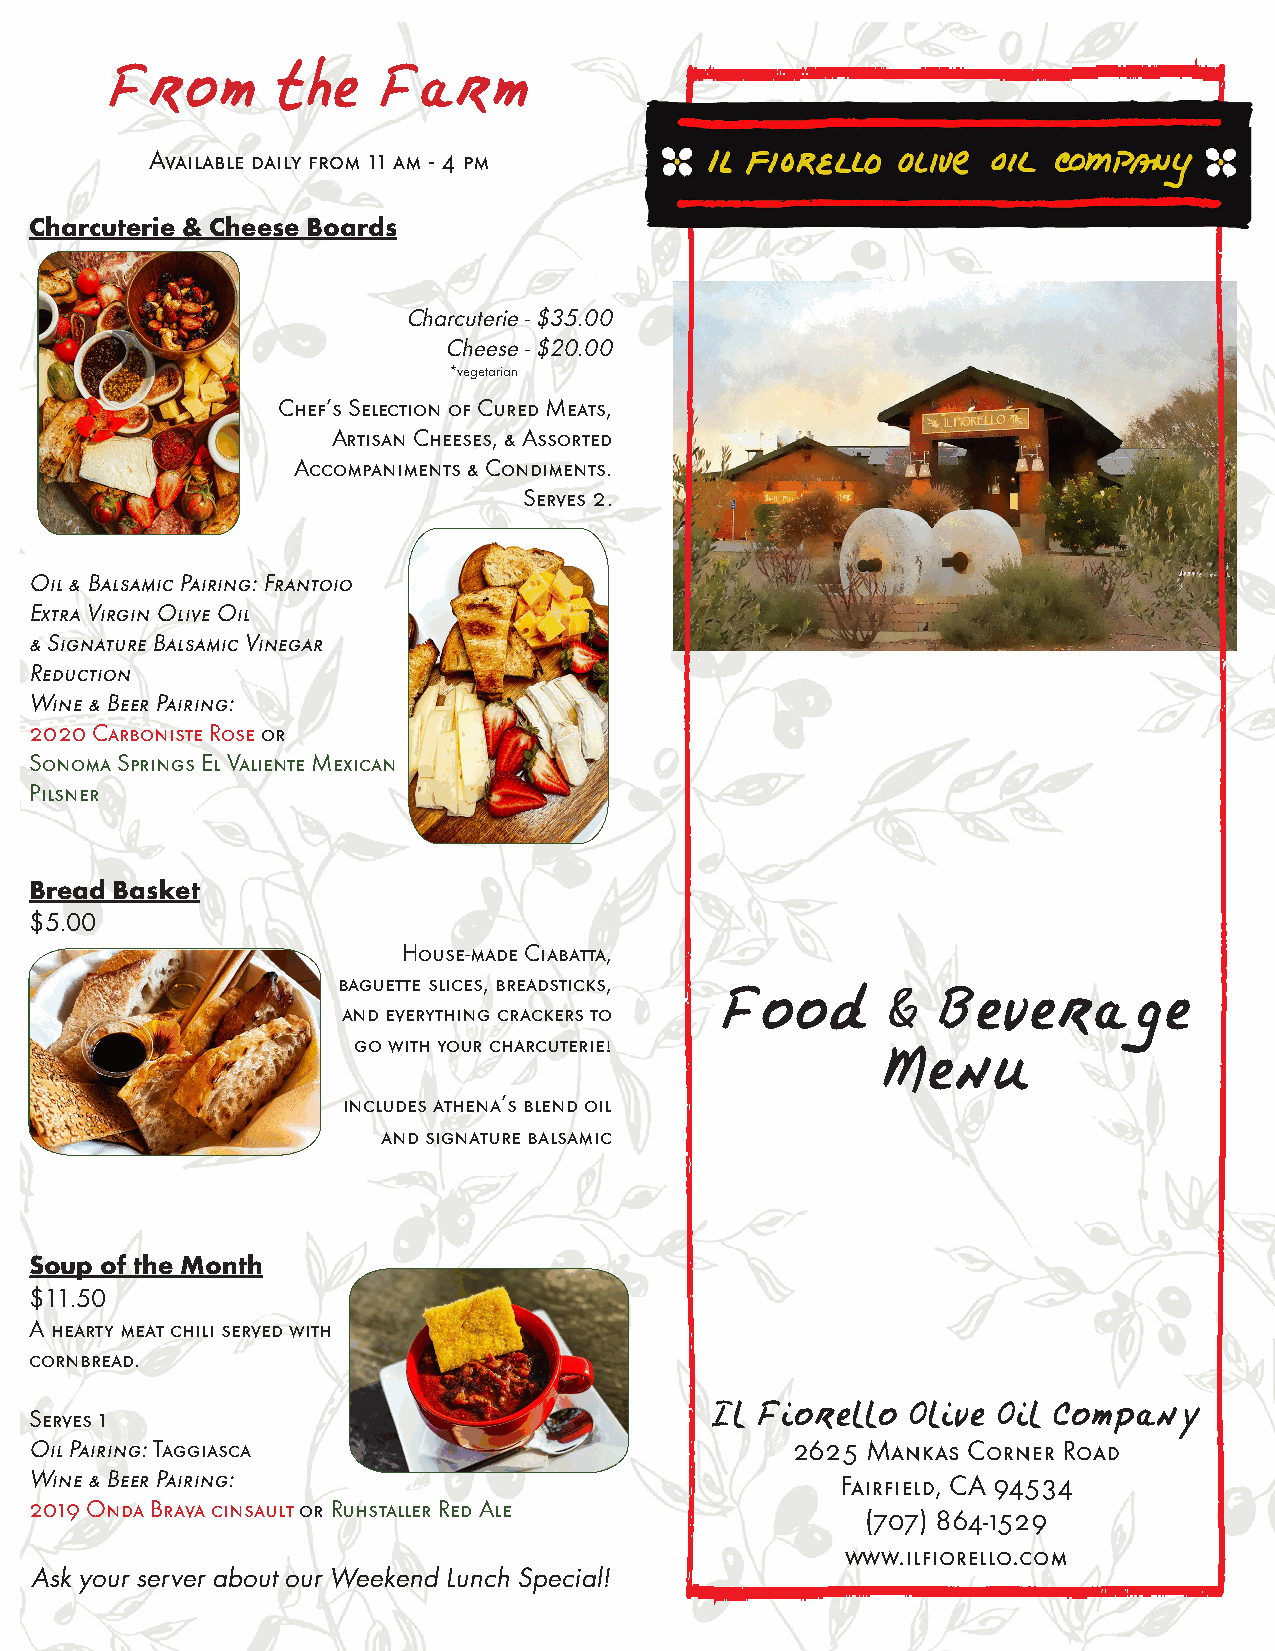
From       the    Farm
 Available daily from 11 am - 4 pm
 Charcuterie & Cheese Boards
 Charcuterie - $35.00
 Cheese - $20.00
 *vegetarian
 Chef’s Selection of Cured Meats,
 Artisan Cheeses, & Assorted
 Accompaniments & Condiments.
 Serves 2.
 Oil & Balsamic Pairing: Frantoio
 Extra Virgin Olive Oil
 & Signature Balsamic Vinegar
 Reduction
 Wine & Beer Pairing:
 2020 Carboniste Rose or
 Sonoma Springs El Valiente Mexican
 Pilsner
 Bread Basket
 $5.00
 House-made Ciabatta,
 baguette slices, breadsticks,
 and everything crackers to Food     &  Beverag        e
 go with your charcuterie!
 Menu
 includes athena’s blend oil
 and signature balsamic
 Soup of the Month
 $11.50
 A hearty meat chili served with
 cornbread.
 Serves 1                                     Il Fiorello  Olive Oil Company
 Oil Pairing: Taggiasca                            2625 Mankas Corner Road
 Wine & Beer Pairing:                                  Fairfield, CA 94534
 2019 Onda Brava cinsault or Ruhstaller Red Ale
 (707) 864-1529
 www.ilfiorello.com
 Ask your server about our Weekend Lunch Special!